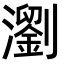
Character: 瀏